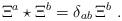
LaTeX: \begin{align*} \Xi^a\star\Xi^b=\delta_{ab}\,\Xi^b\,\,.\end{align*}